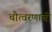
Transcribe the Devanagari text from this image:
चौत्वरणाची